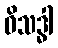
ဝိသဒ္ဓါ